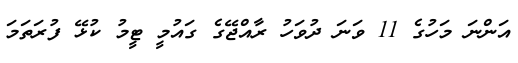
އަންނަ މަހުގެ 11 ވަނަ ދުވަހު ރާއްޖޭގެ ގައުމީ ޓީމު ކުޅޭ ފުރަތަމަ